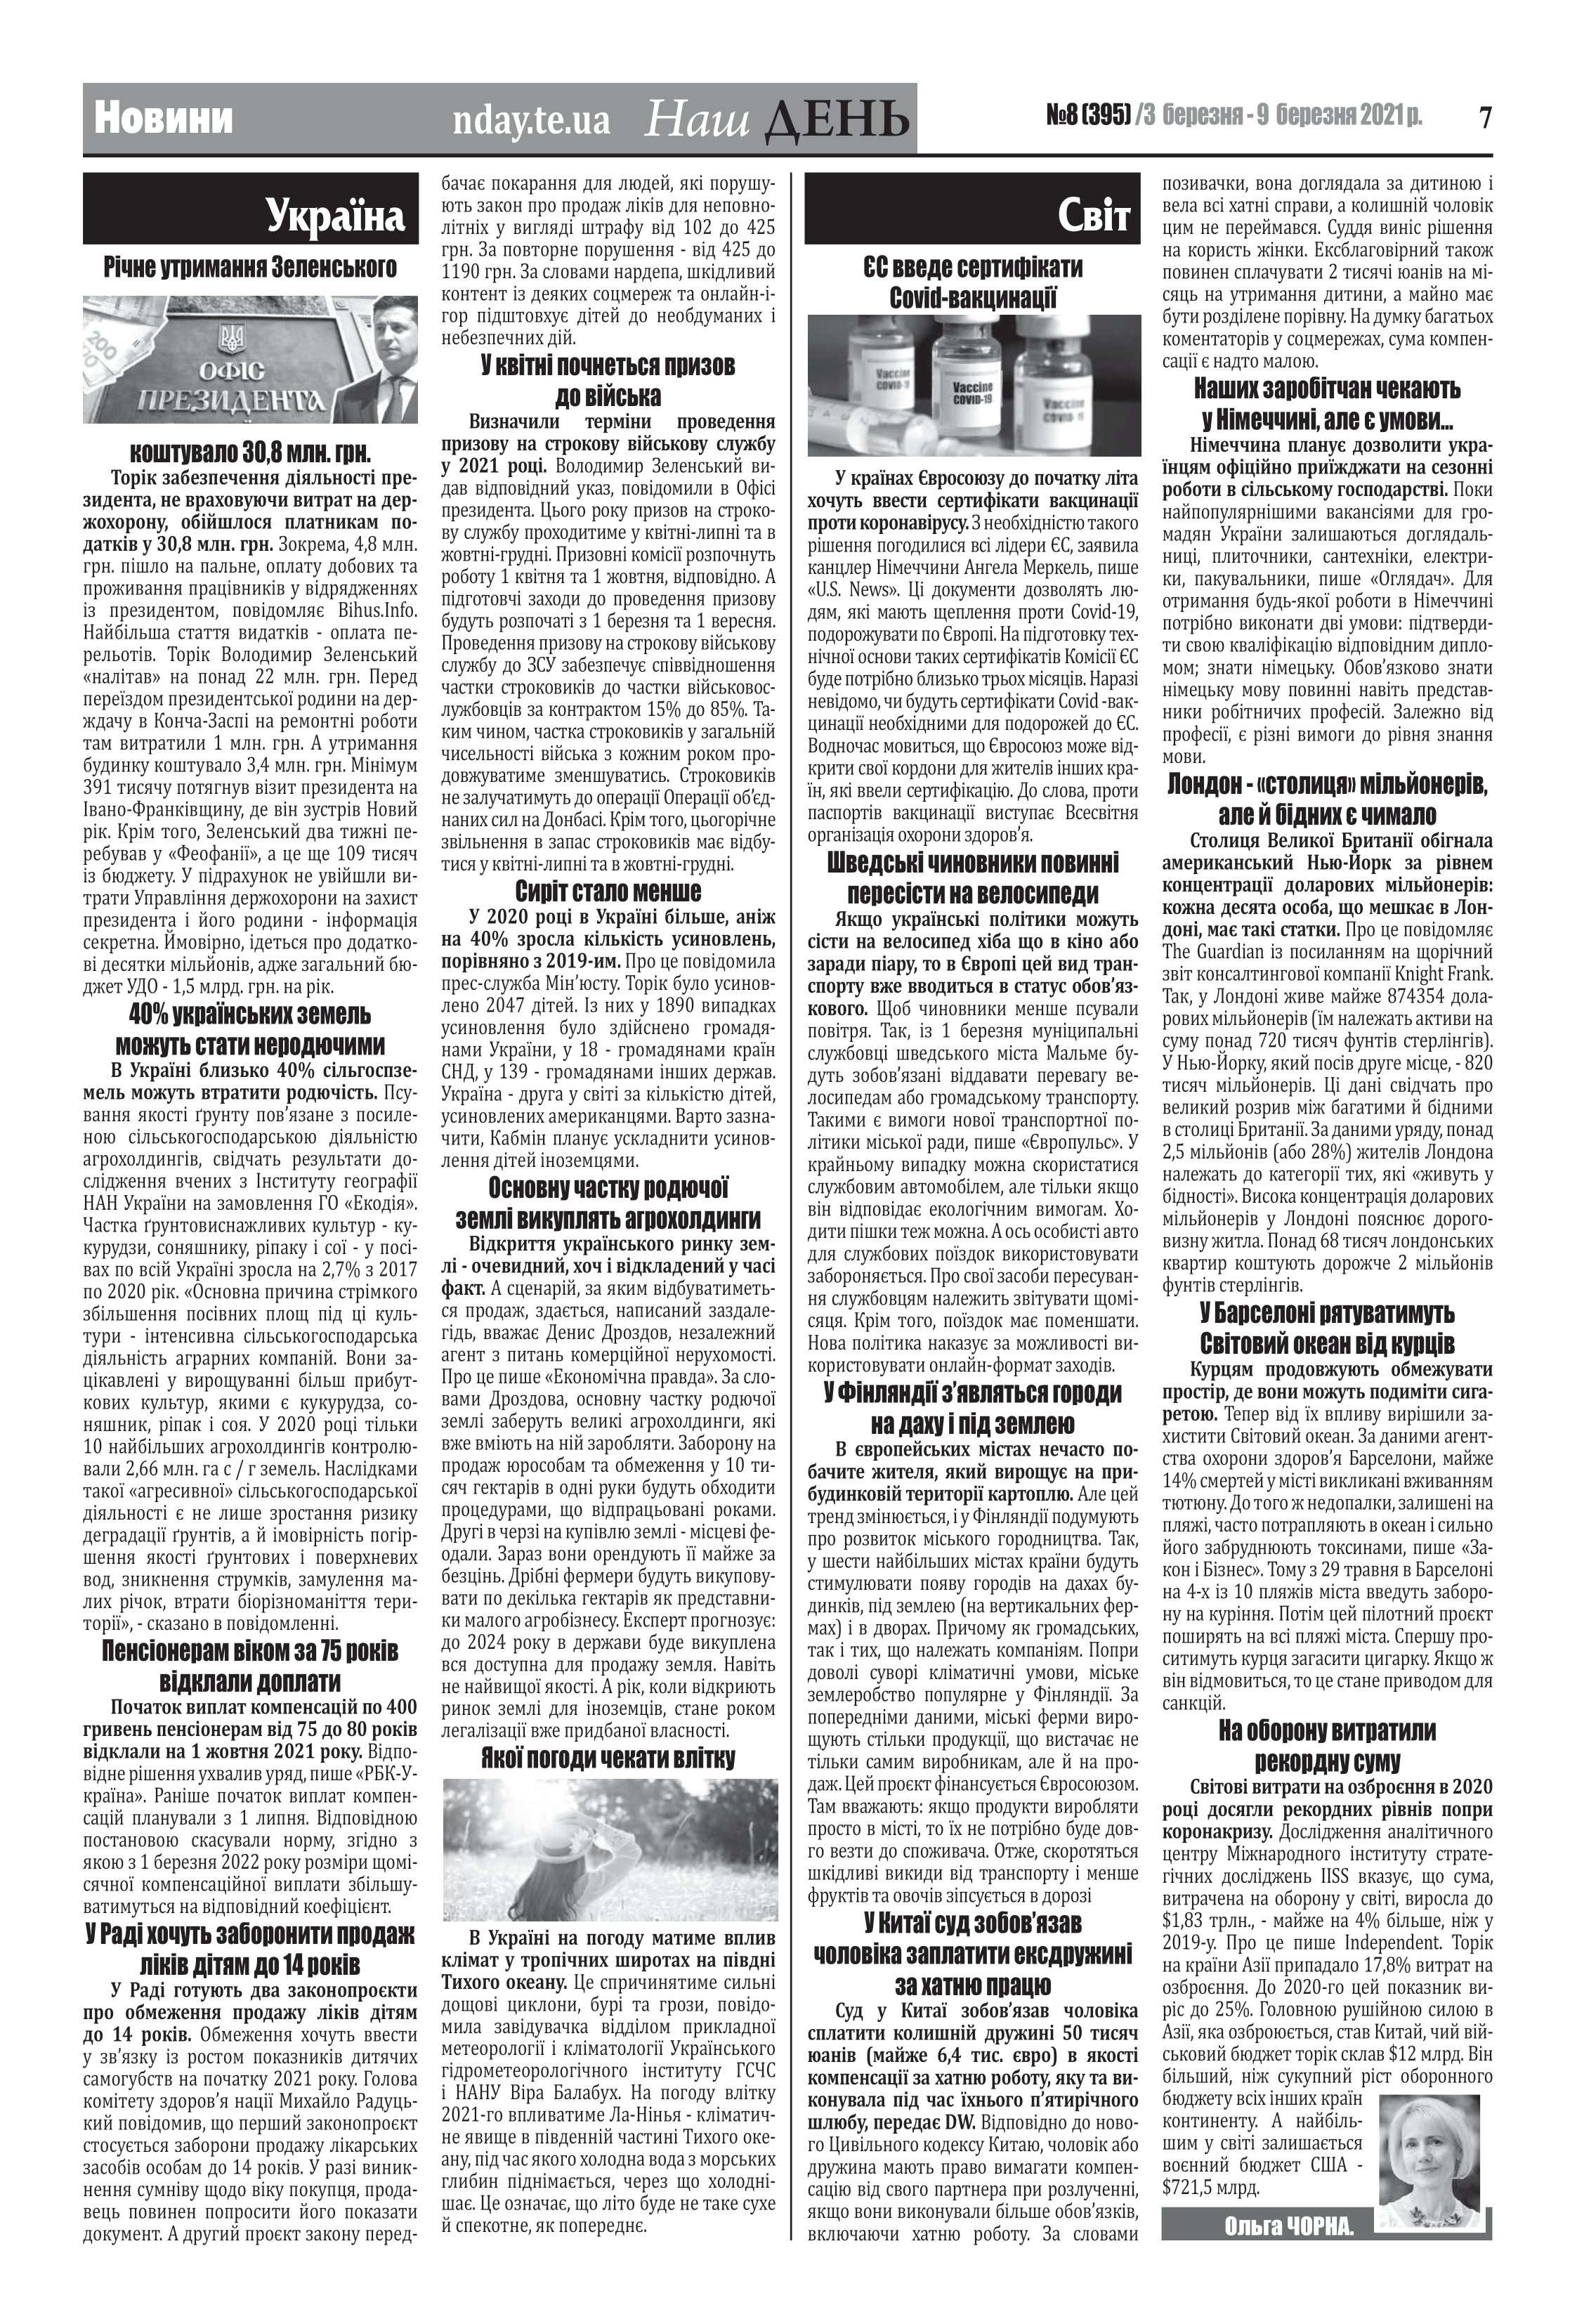
Language: uk